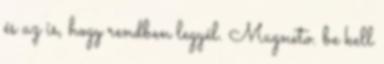
és az is, hogy rendben legyél. Magneto. be kell